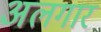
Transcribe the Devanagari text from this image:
अलगार